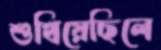
শুখিয়েছিলে